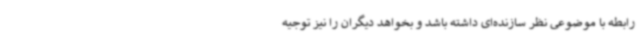
رابطه با موضوعی نظر سازنده‌ای داشته باشد و بخواهد دیگران را نیز توجیه